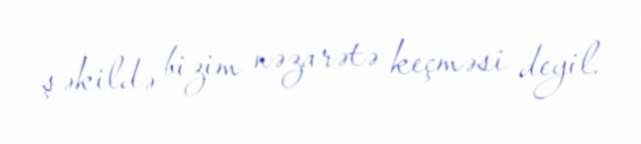
şəkildə bizim nəzarətə keçməsi deyil.